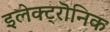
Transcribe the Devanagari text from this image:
इलेक्ट्रॊनिक